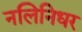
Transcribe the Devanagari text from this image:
नलिनिधर